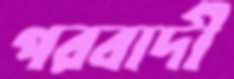
পরবাদী